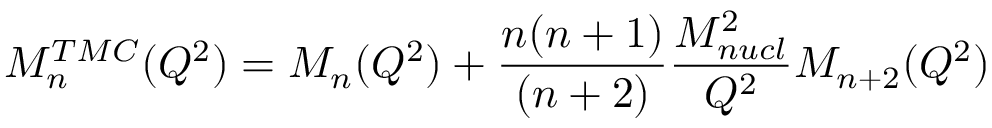
M _ { n } ^ { T M C } ( Q ^ { 2 } ) = M _ { n } ( Q ^ { 2 } ) + \frac { n ( n + 1 ) } { ( n + 2 ) } \frac { M _ { n u c l } ^ { 2 } } { Q ^ { 2 } } M _ { n + 2 } ( Q ^ { 2 } )